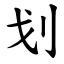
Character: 划